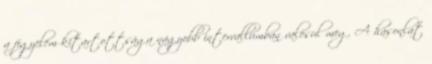
a figyelem kitartottsága nagyobb intervallumban valósul meg. A hasonlat